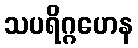
သပရိဂ္ဂဟေန